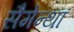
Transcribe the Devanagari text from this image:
सैमेन्था